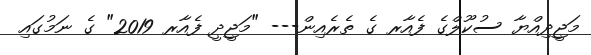
މަޖީދިއްޔާ ސުކޫލްގެ ފެއާރ ގެ ތެރެއިން--- "މަޖީދީ ފެއާރ 2019" ގެ ނަމުގައި